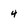
Character: 4